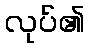
လုပ်၏